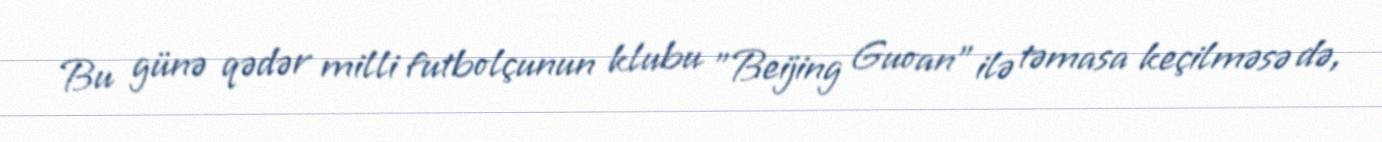
Bu günə qədər milli futbolçunun klubu "Beijing Guoan" ilə təmasa keçilməsə də,